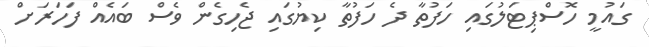
ގައުމީ ހޮސްޕިޓަލުގައި ހަފުތާ ދެ ހަފުތާ ކިޔުގައި ޖެހިގެން ވެސް ބައެއް ފަހަރަށް